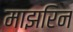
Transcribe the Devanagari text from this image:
माझरिन